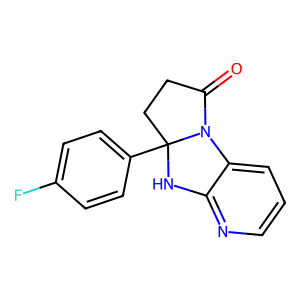
SMILES: O=C1CCC2(c3ccc(F)cc3)Nc3ncccc3N12
Inhibits HIV replication: No